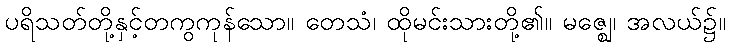
ပရိသတ်တို့နှင့်တကွကုန်သော။ တေသံ၊ ထိုမင်းသားတို့၏။ မဇ္ဈေ၊ အလယ်၌။